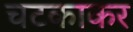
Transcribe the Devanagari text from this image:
चटकाकर